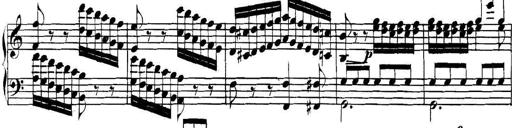
Title: Collected Piano Sonatas
Composer: Muzio Clementi